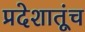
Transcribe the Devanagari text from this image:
प्रदेशातूंच